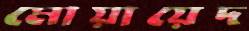
মোয়ায়েদ